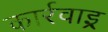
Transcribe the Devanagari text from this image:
कार्रवाइ्र्र